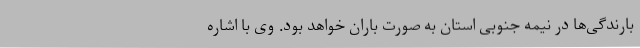
بارندگی‌ها در نیمه جنوبی استان به صورت باران خواهد بود. وی با اشاره